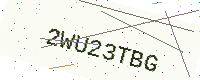
Text: 2WU23TBG